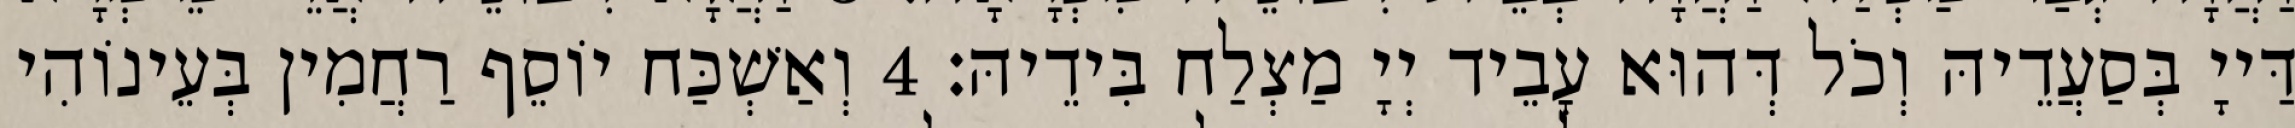
דַּייָ בְּסַעֲדֵיהּ וְכֹל דְּהוּא עָבֵיד יְיָ מַצְלַח בִּידֵיהּ׃ 4 וְאַשְׁכַּח יוֹסֵף רַחֲמִין בְּעֵינוֹהִי